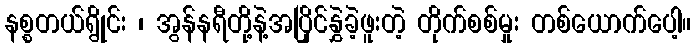
နစ္စတယ်ရွိုင်း ၊ အွန်နရီတို့နဲ့အပြိုင်နွှဲခဲ့ဖူးတဲ့ တိုက်စစ်မှုး တစ်ယောက်ပေါ့။